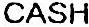
CASH